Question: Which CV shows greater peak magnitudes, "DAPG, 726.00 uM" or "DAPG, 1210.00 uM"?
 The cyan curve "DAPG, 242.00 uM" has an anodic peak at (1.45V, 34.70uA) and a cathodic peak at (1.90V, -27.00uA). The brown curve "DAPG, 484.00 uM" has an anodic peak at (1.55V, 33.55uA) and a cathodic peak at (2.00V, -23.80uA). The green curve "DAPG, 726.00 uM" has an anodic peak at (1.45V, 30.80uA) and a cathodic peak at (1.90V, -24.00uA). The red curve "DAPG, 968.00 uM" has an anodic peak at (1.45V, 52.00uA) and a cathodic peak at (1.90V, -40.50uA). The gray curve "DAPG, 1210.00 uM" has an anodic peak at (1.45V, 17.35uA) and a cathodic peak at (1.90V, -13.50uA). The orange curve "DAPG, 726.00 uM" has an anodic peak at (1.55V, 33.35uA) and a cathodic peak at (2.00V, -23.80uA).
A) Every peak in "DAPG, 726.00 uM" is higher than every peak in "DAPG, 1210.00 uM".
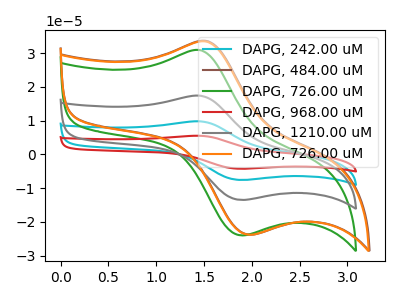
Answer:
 <answer>A) Every peak in "DAPG, 726.00 uM" is higher than every peak in "DAPG, 1210.00 uM".</answer>
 <eval>A</eval>